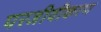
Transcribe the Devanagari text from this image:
परजीवीकरण